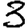
Digit: 3